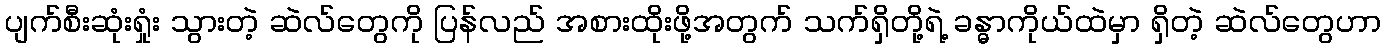
ပျက်စီးဆုံးရှုံး သွားတဲ့ ဆဲလ်တွေကို ပြန်လည် အစားထိုးဖို့အတွက် သက်ရှိတို့ရဲ့ ခန္ဓာကိုယ်ထဲမှာ ရှိတဲ့ ဆဲလ်တွေဟာ